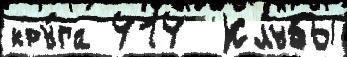
кру́га 414  Клубы